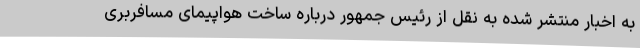
به اخبار منتشر شده به نقل از رئیس جمهور درباره ساخت هواپیمای مسافربری